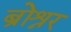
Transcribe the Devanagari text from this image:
ब्रोश्नर